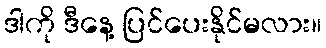
ဒါကို ဒီနေ့ ပြင်ပေးနိုင်မလား။